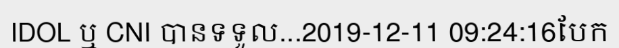
IDOL ឬ CNI បានទទួល...2019-12-11 09:24:16បែក